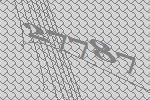
27787